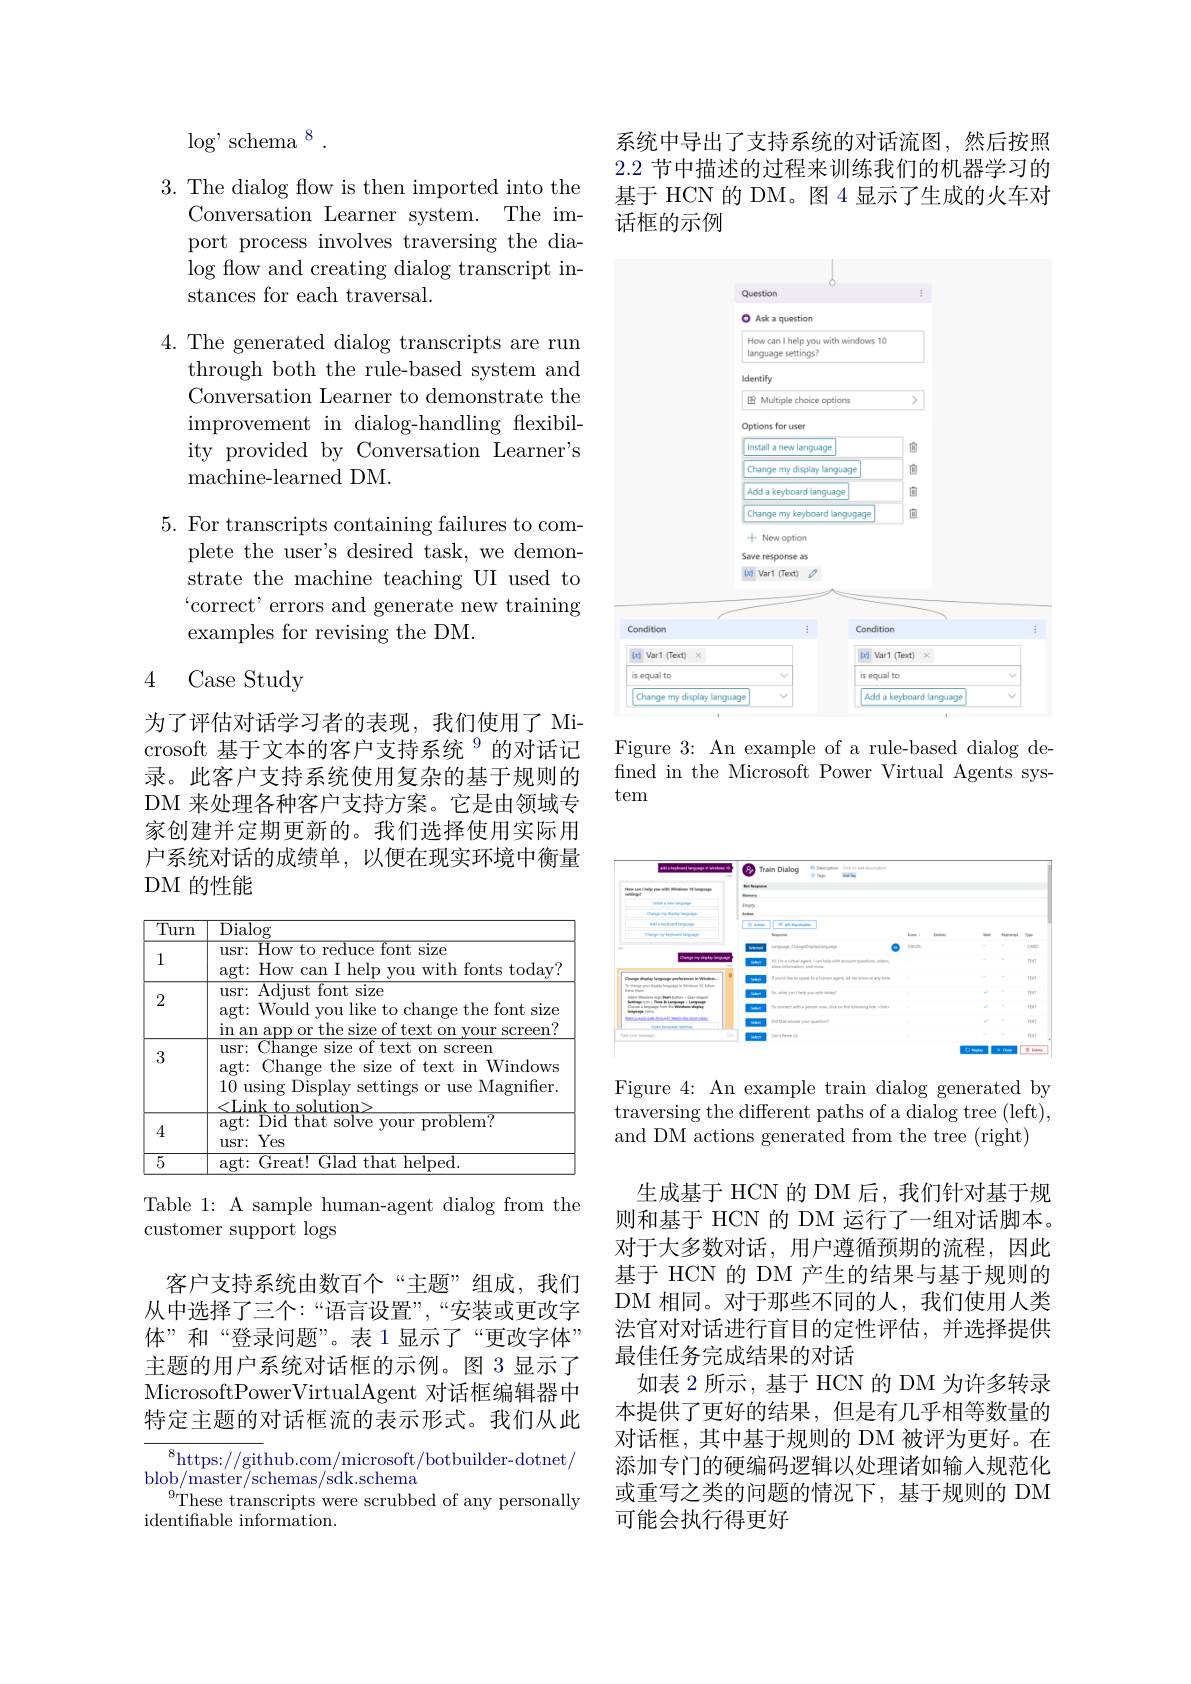
$\log^{,}$schema$^{8}$

3. The dialog flow is then imported into the
Conversation Learner system. The import process involves traversing the dia- $\log$ flow and creating dialog transcript instances for each traversal.

4. The generated dialog transcripts are run
through both the rule-based system and Conversation Learner to demonstrate the improvement in dialog-handling flexibility provided by Conversation Learner's machine-learned DM.

5. For transcripts containing failures to com-
plete the user's desired task, we demonstrate the machine teaching UI used to $`$correct' errors and generate new training examples for revising the DM.

# 4 Case Study

为了评估对话学习者的表现，我们使用了 Microsoft 基于文本的客户支持系统$^{9}$的对话记录。此客户支持系统使用复杂的基于规则的DM 来处理各种客户支持方案。它是由领域专家创建并定期更新的。我们选择使用实际用户系统对话的成绩单，以便在现实环境中衡量DM 的性能

<table>
	<tbody>
		<tr>
			<th>$\overline{\text{Turn}}$</th>
			<th>$\overline{\mathrm{Dialog}}$</th>
		</tr>
		<tr>
			<td>1</td>
			<td>usr: How to reduce font size agt: How can I help you with fonts today?</td>
		</tr>
		<tr>
			<td>2</td>
			<td>usr: Adjust font size agt: Would you like to change the font size in an ann or the size 2. of text on vour screen?</td>
		</tr>
		<tr>
			<td>3</td>
			<td>Change size of text on screen $usr:$ agt: · Change the size of text in Windows 10 using Display settings or use Magnifier.</td>
		</tr>
		<tr>
			<td>4</td>
			<td>agt: Did that solve your problem? usr: Yes</td>
		</tr>
		<tr>
			<td>$\overline{5}$</td>
			<td>helned. aet $({\frac{1}{\boldsymbol{r}}\boldsymbol{r}\boldsymbol{e}\boldsymbol{a}}t)$ that</td>
		</tr>
	</tbody>
</table>

Table 1: A sample human-agent dialog from the
customer support logs

客户支持系统由数百个“主题”组成，我们从中选择了三个：“语言设置”,“安装或更改字体”和“登录问题”。表 1 显示了“更改字体” 主题的用户系统对话框的示例。图 3 显示了MicrosoftPowerVirtualAgent 对话框编辑器中特定主题的对话框流的表示形式。我们从此

$^{8}$https://github.com/microsoft/botbuilder-dotnet/
$\mathrm{blob/master/schemas/sdk.schema}^{\prime}$
These transcripts were scrubbed of any personally
identifiable information.

系统中导出了支持系统的对话流图，然后按照2.2节中描述的过程来训练我们的机器学习的基于 HCN 的 DM。图 4 显示了生成的火车对话框的示例

<FigureHere>

Figure 3: An example of a rule-based dialog defined in the Microsoft Power Virtual Agents system

<FigureHere>

Figure 4: An example train dialog generated by traversing the different paths of a dialog tree (left), and DM actions generated from the tree (right)

生成基于 HCN 的 DM 后，我们针对基于规则和基于 HCN 的 DM 运行了一组对话脚本。对于大多数对话，用户遵循预期的流程，因此基于 HCN 的 DM 产生的结果与基于规则的DM 相同。对于那些不同的人，我们使用人类法官对对话进行盲目的定性评估，并选择提供最佳任务完成结果的对话
如表 2 所示，基于 HCN 的 DM 为许多转录本提供了更好的结果，但是有几乎相等数量的对话框，其中基于规则的 DM 被评为更好。在添加专门的硬编码逻辑以处理诸如输入规范化或重写之类的问题的情况下，基于规则的 DM 可能会执行得更好